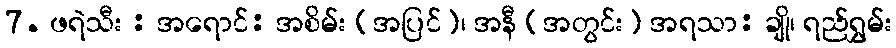
7. ဖရဲသီး : အရောင်: အစိမ်း (အပြင်)၊ အနီ (အတွင်း) အရသာ: ချို၊ ရည်ရွှမ်း